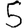
Digit: 5